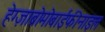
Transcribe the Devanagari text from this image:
हेग्ज़ाब्रोमोबाईफीनाइल